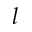
l